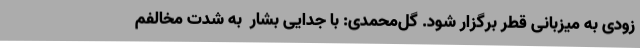
زودی به میزبانی قطر برگزار شود. گل‌محمدی: با جدایی بشار  به شدت مخالفم